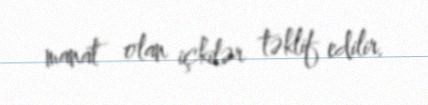
manat olan içkilər təklif edilir.